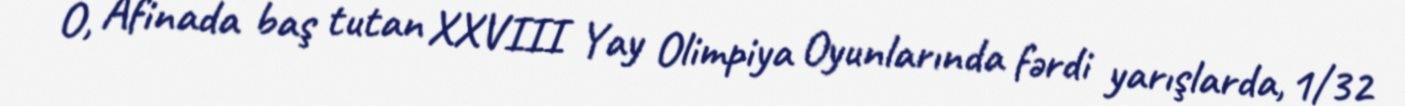
O, Afinada baş tutan XXVIII Yay Olimpiya Oyunlarında fərdi yarışlarda, 1/32